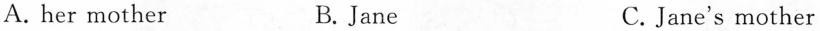
A.her mother B.Jane C.Jane's mother